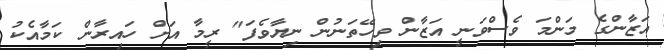
އަޒާންގެ މަންމަ ވެސްވަނީ އަޒާން ވިހޭތަނުން ނިޔާވެފަ" ރީމާ އަށް ހައިރާން ކަމާއެކު